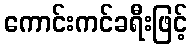
ကောင်းကင်ခရီးဖြင့်